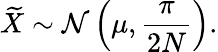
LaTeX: {\widetilde{X}}\sim{\mathcal{N}}\left(\mu,{\frac{\pi}{2N}}\right).